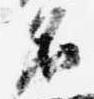
名